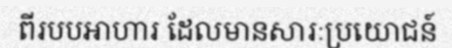
ពីរបបអាហារ ដែលមានសារៈប្រយោជន៍